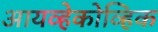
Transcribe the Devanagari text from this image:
आयव्हेकोव्हिक